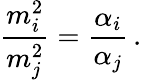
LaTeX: \frac{m_{i}^{2}}{m_{j}^{2}}=\frac{\alpha_{i}}{\alpha_{j}}\, .